Plague in India, 1896, 1897 - Volume 3
Year: 1896
Disease focus: Plague
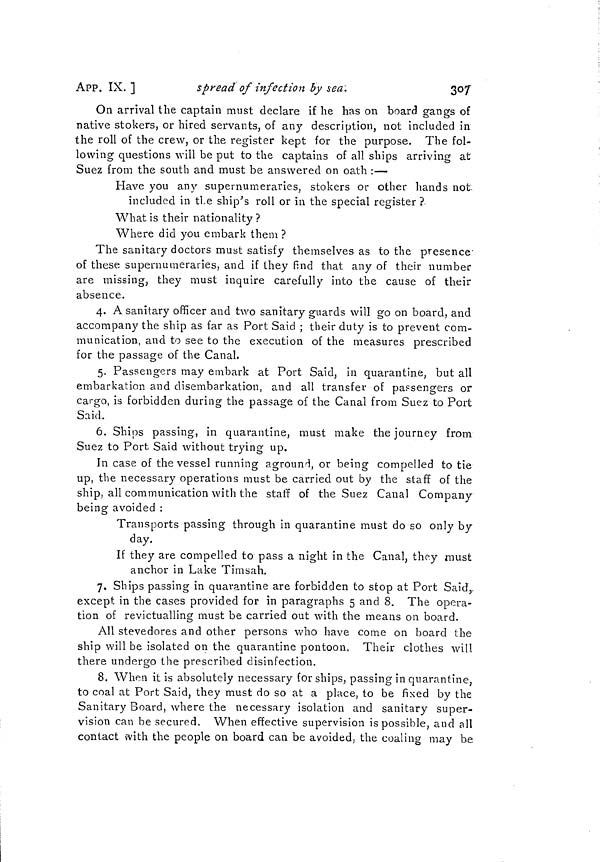
APP. IX. ]
spread of infection by sea.
307
On arrival the captain must declare if he has on board gangs of
native stokers, or hired servants, of any description, not included in
the roll of the crew, or the register kept for the purpose. The fol-
lowing questions will be put to the captains of all ships arriving at
Suez from the south and must be answered on oath :—
Have you any supernumeraries, stokers or other hands not-
included in the ship's roll or in the special register ?
What is their nationality?
Where did you embark them ?
The sanitary doctors must satisfy themselves as to the presence'
of these supernumeraries, and if they find that any of their number
are missing, they must inquire carefully into the cause of their
absence.
4. A sanitary officer and two sanitary guards will go on board, and
accompany the ship as far as Port Said ; their duty is to prevent com-
munication, and to see to the execution of the measures prescribed
for the passage of the Canal.
5. Passengers may embark at Port Said, in quarantine, but all
embarkation and disembarkation, and all transfer of passengers or
cargo, is forbidden during the passage of the Canal from Suez to Port
Said.
6. Ships passing, in quarantine, must make the journey from
Suez to Port Said without trying up.
In case of the vessel running aground, or being compelled to tie
up, the necessary operations must be carried out by the staff of the
ship, all communication with the staff of the Suez Canal Company
being avoided :
Transports passing through in quarantine must do so only
day.
If they are compelled to pass a night in the Canal, they must
anchor in Lake Timsah.
7. Ships passing in quarantine are forbidden to stop at Port Said,
except in the cases provided for in paragraphs 5 and 8. The opera-
tion of revictualling must be carried out with the means on board.
All stevedores and other persons who have come on board the
ship will be isolated on the quarantine pontoon. Their clothes will
there undergo the prescribed disinfection.
8. When it is absolutely necessary for ships, passing in quarantine,
to coal at Port Said, they must do so at a place, to be fixed by the
Sanitary Board, where the necessary isolation and sanitary super-
vision can be secured. When effective supervision is possible, and all
contact with the people on board can be avoided, the coaling may be